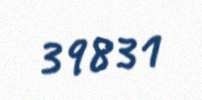
39831